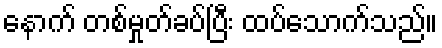
နောက် တစ်မှုတ်ခပ်ပြီး ထပ်သောက်သည်။